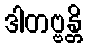
ဒါတဗ္ဗန္တိ